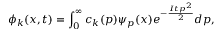
\phi _ { k } ( x , t ) = \int _ { 0 } ^ { \infty } c _ { k } ( p ) \psi _ { p } ( x ) e ^ { - { \frac { I t p ^ { 2 } } { 2 } } } d p ,